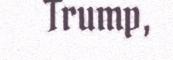
Trump,